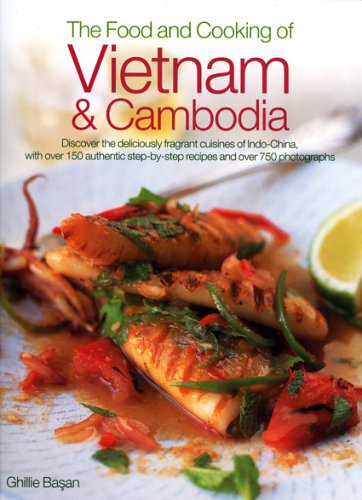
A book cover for The Food and Cooking of Vietnam & Cambodia; Ghillie Basan; Cookbooks, Food & Wine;